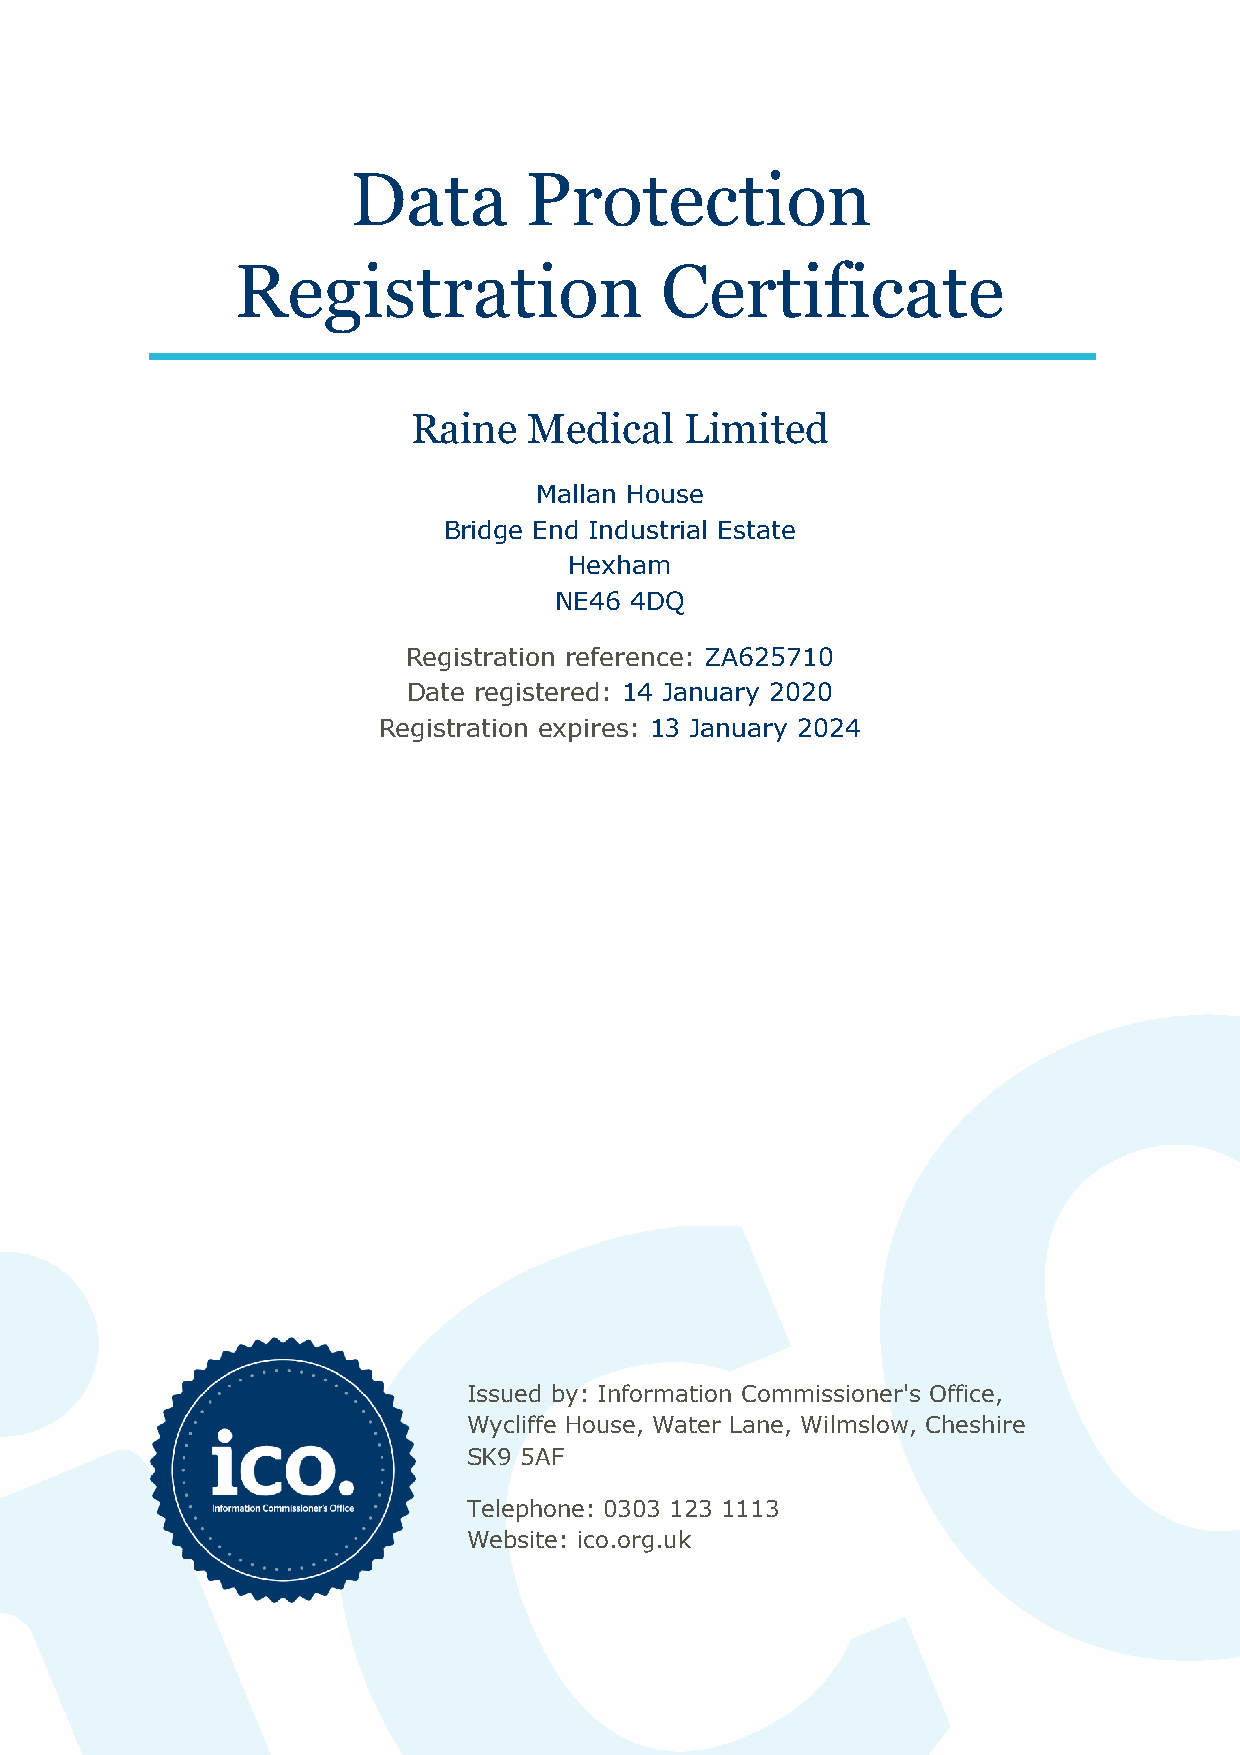
Data        Protection
 Registration                Certificate
 Raine   Medical   Limited
 Mallan House
 Bridge End Industrial Estate
 Hexham
 NE46 4DQ
 Registration reference: ZA625710
 Date registered: 14 January 2020
 Registration expires: 13 January 2024
 Issued by: Information Commissioner's Office,
 Wycliffe House, Water Lane, Wilmslow, Cheshire
 SK9 5AF
 Telephone: 0303 123 1113
 Website: ico.org.uk